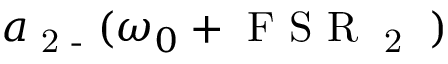
a \textsubscript { 2 - } ( \omega _ { 0 } + \textrm { F S R \textsubscript { 2 } } )